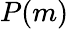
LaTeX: P(m)